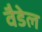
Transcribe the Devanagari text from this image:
वैडेल